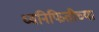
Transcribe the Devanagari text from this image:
ध्वनिफितीच्या